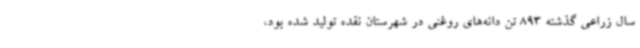
سال زراعی گذشته 893 تن دانه‌های روغنی در شهرستان نقده تولید شده بود،